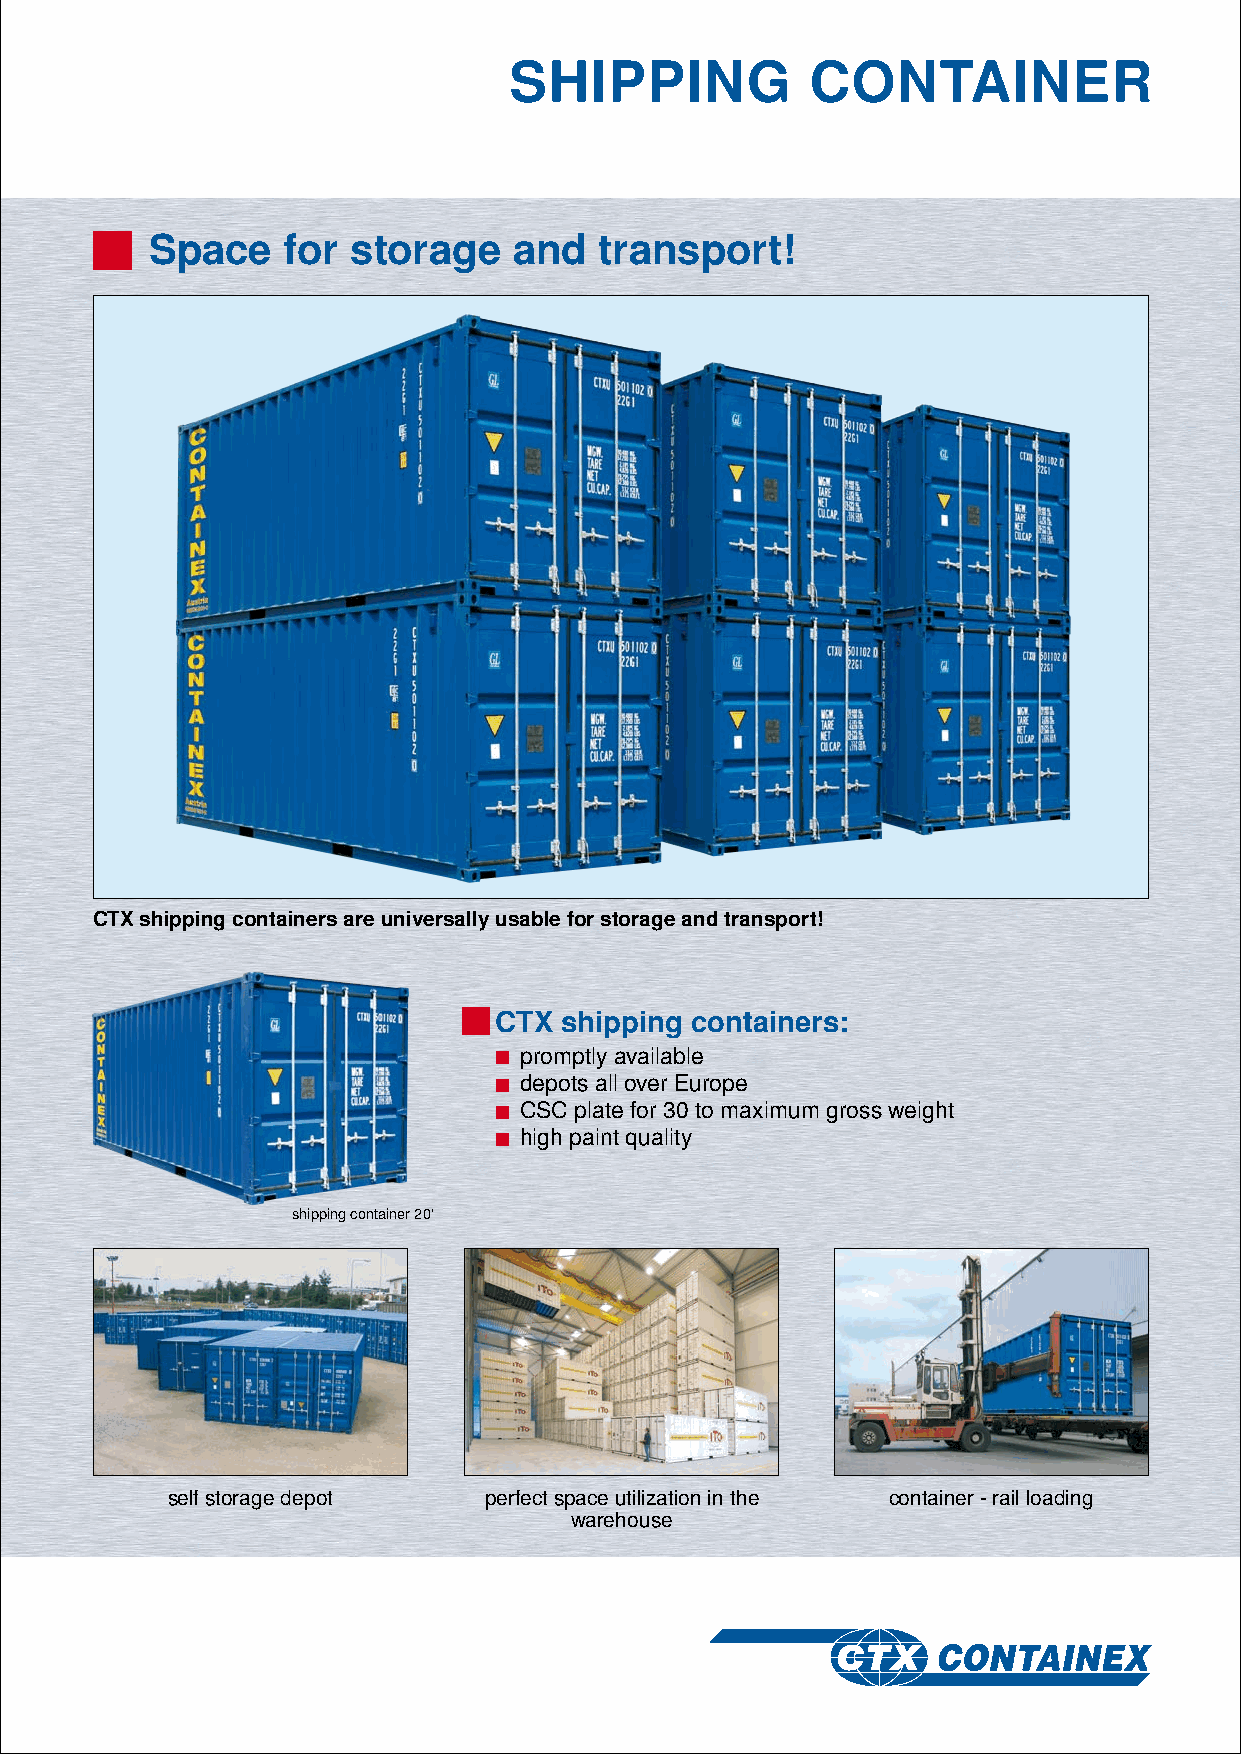
SHIPPING            CONTAINER
 Space    for storage    and   transport!
 CTX shipping containers are universally usable for storage and transport!
 CTX shipping containers:
 promptly available
 depots all over Europe
 CSC plate for 30 to maximum gross weight
 high paint quality
 shipping container 20‘
 self storage depot   perfect space utilization in the container - rail loading
 warehouse